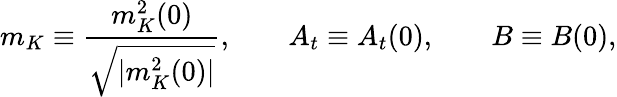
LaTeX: m_{K}\equiv{\frac{m_{K}^{2}(0)}{\sqrt{|m_{K}^{2}(0)|}}},\; \; \; \; \; \; \; A_{t}\equiv A_{t}(0),\; \; \; \; \; \; \; B\equiv B(0),